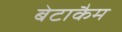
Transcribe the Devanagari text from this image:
बेटाकैम